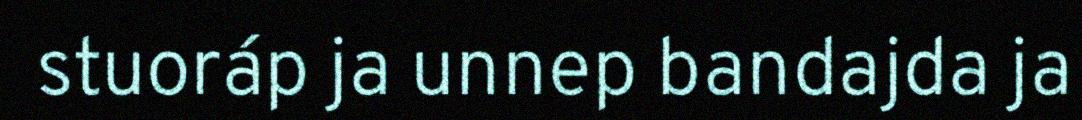
stuoráp ja unnep bandajda ja